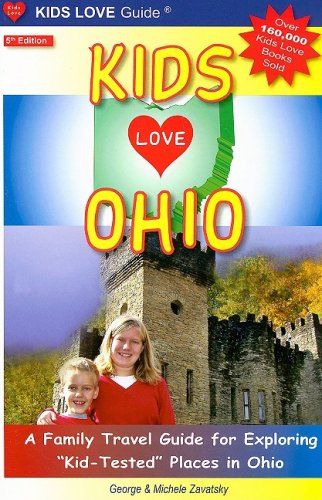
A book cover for Kids Love Ohio: A Family Travel Guide for Exploring "Kid-Tested" Places in Ohio; George Zavatsky; Travel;